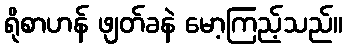
ရိုစာဟန် ဖျတ်ခနဲ မော့ကြည့်သည်။